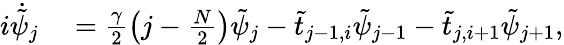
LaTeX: \begin{array}{rl}{i\dot{\tilde{\psi}}_{j}}&{{}=\frac{\gamma}{2}\left(j-\frac{N}{2}\right)\tilde{\psi}_{j}-\tilde{t}_{j-1,i}\tilde{\psi}_{j-1}-\tilde{t}_{j,i+1}\tilde{\psi}_{j+1},}\end{array}